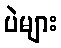
ပဲများ